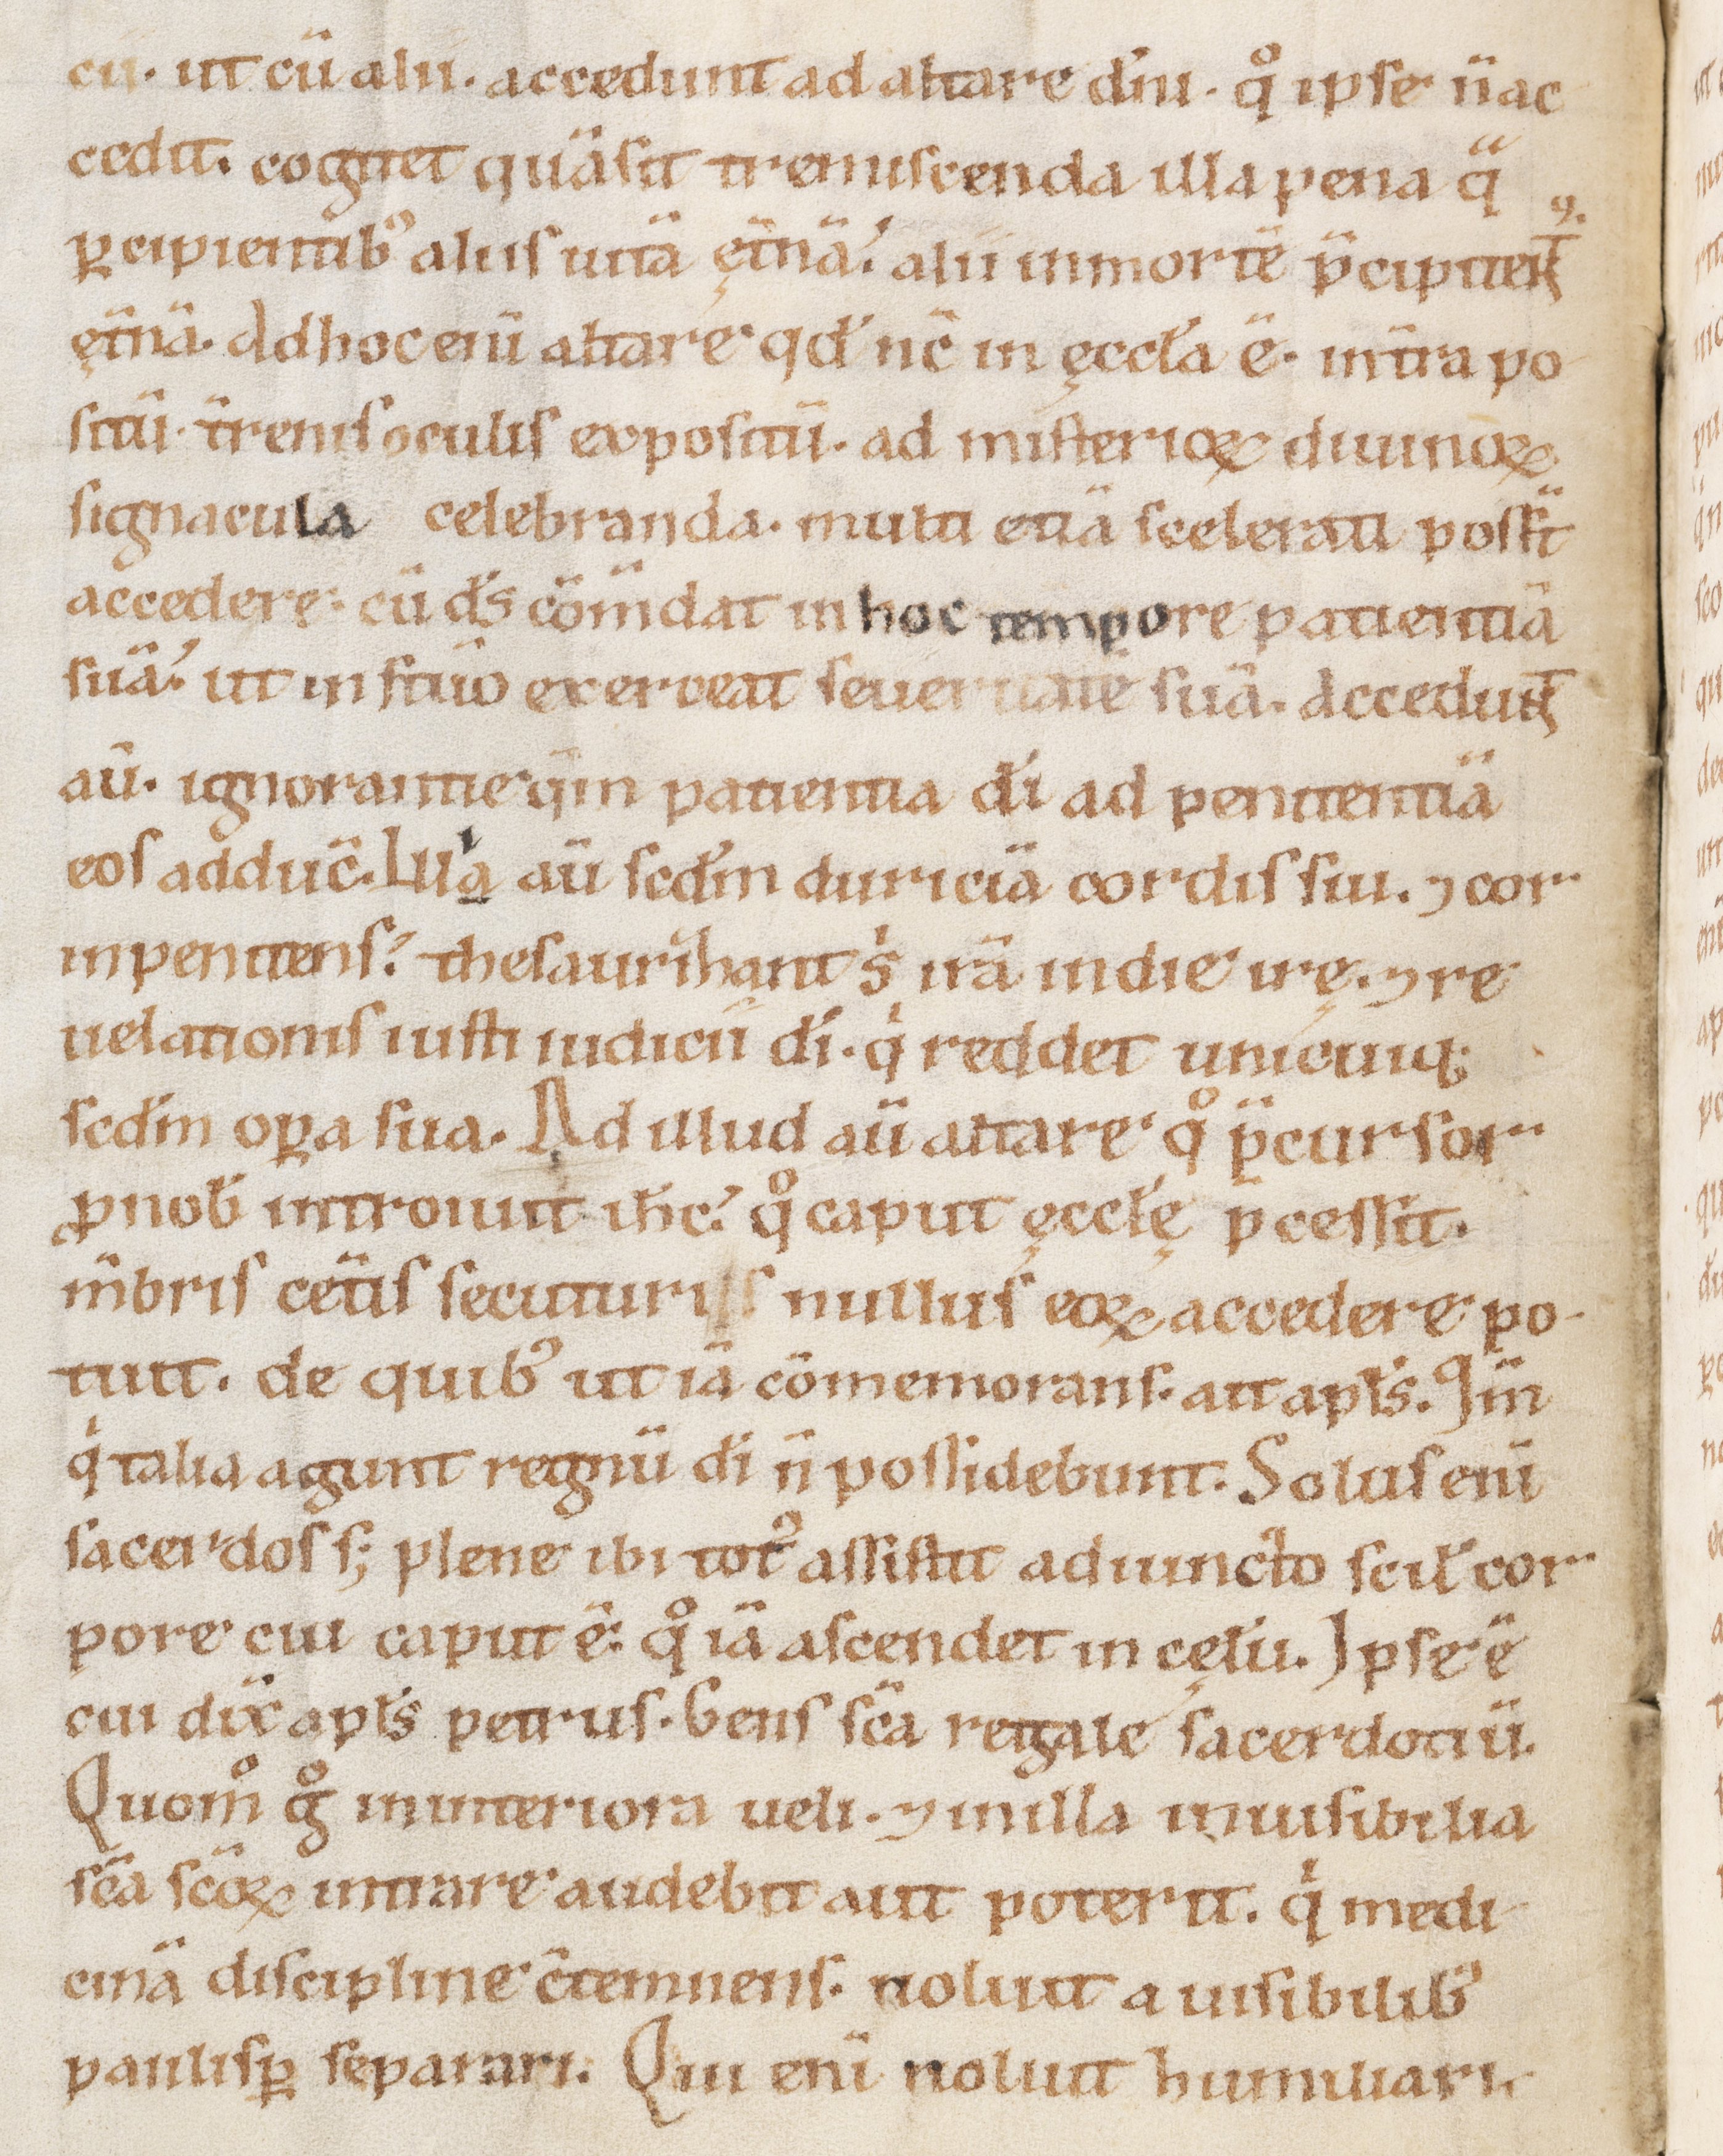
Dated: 1100–1199